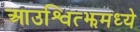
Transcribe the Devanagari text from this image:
आउश्वित्झमध्ये